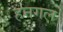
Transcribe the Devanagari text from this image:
हनगल